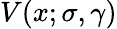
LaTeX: V(x;\sigma,\gamma)